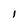
Character: I